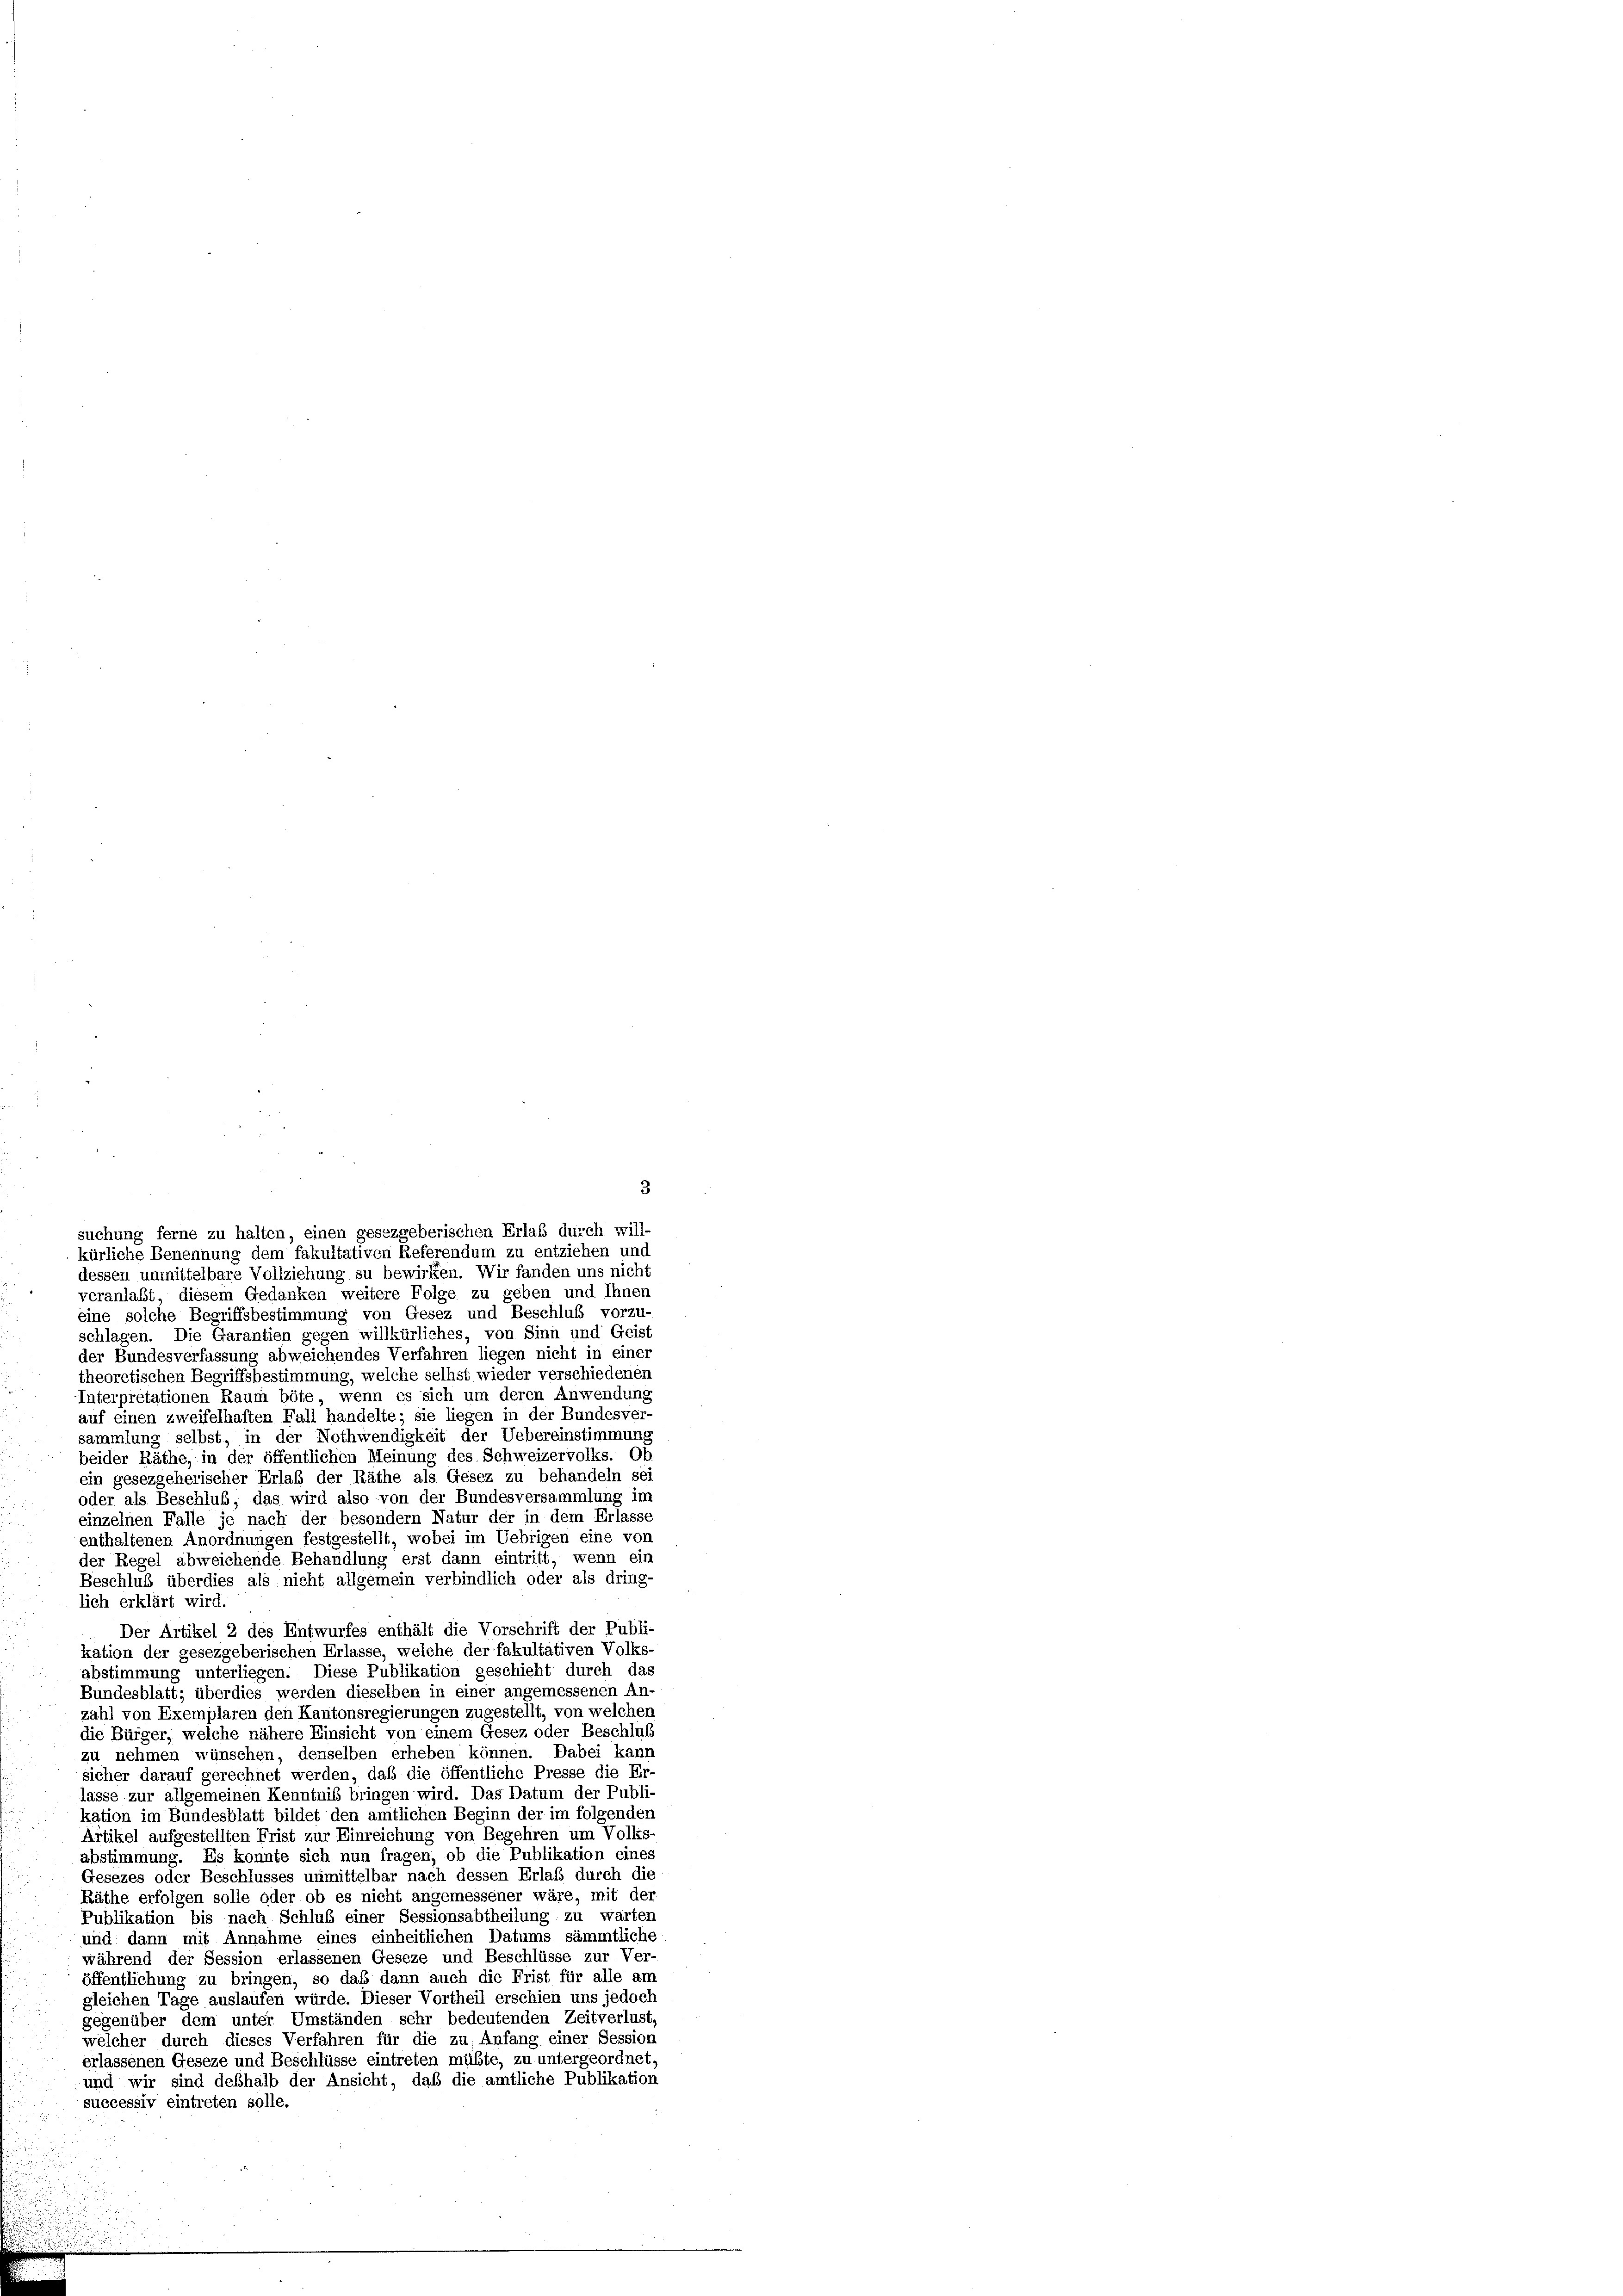
dessen unmittelbare Vollziehung su bewirken. Wir fanden uns nich
veranlaßt, diesem Gedanken weitere Folge zu geben und Ihnen
eine solche Begriffsbestimmung von Gesez und Beschluß vorzu-
schlagen. Die Garantien gegen willkürliches, von Sinn und Geist
der Bundesverfassung abweichendes Verfahren liegen nicht in eines
theoretischen Begriffsbestimmung, welche selbst wieder verschiedenen
Interpretationen Raum böte, wenn es sich um deren Anwendung
auf einen zweifelhaften Fall handelte; sie liegen in der Bundesver-
sammlung selbst, in der Nothwendigkeit der Uebereinstimmung
beider Räthe, in der öffentlichen Meinung des Schweizervolks. Ob
ein gesezgeherischer Erlaß der Räthe als Gesez zu behandeln sei
oder als Beschluß, das wird also von der Bundesversammlung im
einzelnen Falle je nach der besondern Natur der in dem Erlasse
enthaltenen Anordnungen festgestellt, wobei im Uebrigen eine von
der Regel abweichende Behandlung erst dann eintritt, wenn ein
Beschluß überdies als nicht allgemein verbindlich oder als dring-
lich erklärt wird.
Der Artikel 2 des Entwurfes enthält die Vorschrift der Publi-
kation der gesezgeberischen Erlasse, welche der fakultativen Volks-
abstimmung unterliegen. Diese Publikation geschieht durch das
Bundesblatt; überdies werden dieselben in einer angemessenen An-
zahl von Exemplaren den Kantonsregierungen zugestellt, von welchen
die Bürger, welche nähere Einsicht von einem Gesez oder Beschluß
zu nehmen wünschen, denselben erheben können. Dabei kann
sicher darauf gerechnet werden, daß die öffentliche Presse die Er-
lasse zur allgemeinen Kenntniß bringen wird. Das Datum der Publi-
kation im Bundesblatt bildet den amtlichen Beginn der im folgenden
Artikel aufgestellten Frist zur Einreichung von Begehren um Volks-
abstimmung. Es konnte sich nun fragen, ob die Publikation eines
Gesezes oder Beschlusses unmittelbar nach dessen Erlaß durch die
Räthe erfolgen solle oder ob es nicht angemessener wäre, mit der
Publikation bis nach Schluß einer Sessionsabtheilung zu warten
und dann mit Annahme eines einheitlichen Datums sämmtliche
während der Session erlassenen Geseze und Beschlüsse zur Ver-
öffentlichung zu bringen, so daß dann auch die Frist für alle am
gleichen Tage auslaufen würde. Dieser Vortheil erschien uns jedoch
gegenüber dem unter Umständen sehr bedeutenden Zeitverlust,
welcher durch dieses Verfahren für die zu Anfang einer Session
erlassenen Geseze und Beschlüsse eintreten müßte, zu untergeordnet,
und wir sind deßhalb der Ansicht, daß die amtliche Publikation
successiv eintreten solle.

3
suchung ferne zu halten, einen gesezgeberischen Erlaß durch will-
kürliche Benennung dem fakultativen Referendum zu entziehen und